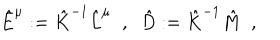
LaTeX: \hat { E } ^ { \mu } : = \hat { K } ^ { - 1 } \hat { L } ^ { \mu } \; \; , \; \; \hat { D } : = \hat { K } ^ { - 1 } \hat { M } \; \; ,